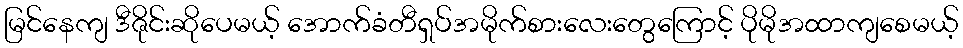
မြင်နေကျ ဒီဇိုင်းဆိုပေမယ့် အောက်ခံတီရှပ်အမိုက်စားလေးတွေကြောင့် ပိုမိုအထာကျစေမယ့်